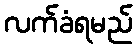
လက်ခံရမည်